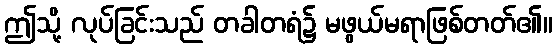
ဤသို့ လုပ်ခြင်းသည် တခါတရံ၌ မဖွယ်မရာဖြစ်တတ်၏။